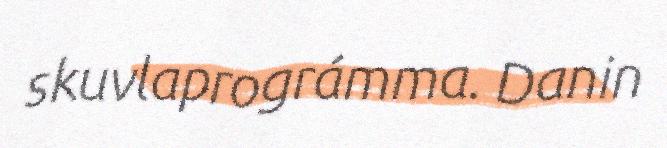
skuvlaprográmma. Danin